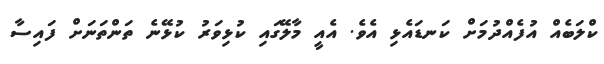
ކްލަބެއް އުފެއްދުމަށް ކަނޑައެޅި އެވެ. އެއީ މާލޭގައި ކުޅިވަރު ކުޅޭނެ ތަންތަނަށް ފައިސާ